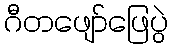
ဂီတဖျော်ဖြေပွဲ